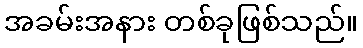
အခမ်းအနား တစ်ခုဖြစ်သည်။